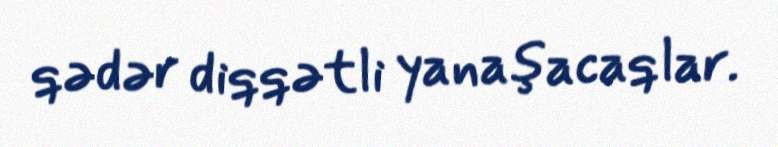
qədər diqqətli yanaşacaqlar.